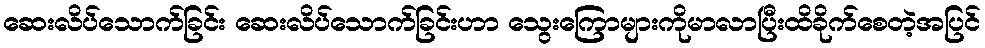
ဆေးလိပ်သောက်ခြင်း ဆေးလိပ်သောက်ခြင်းဟာ သွေးကြောများကိုမာလာပြီးထိခိုက်စေတဲ့အပြင်